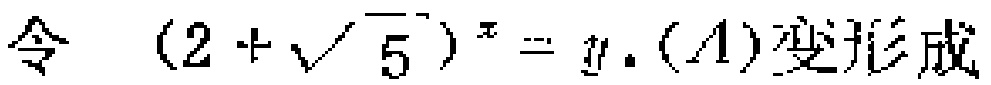
令 \((2 + \sqrt{5})^{x} = y.(A)变形成\)